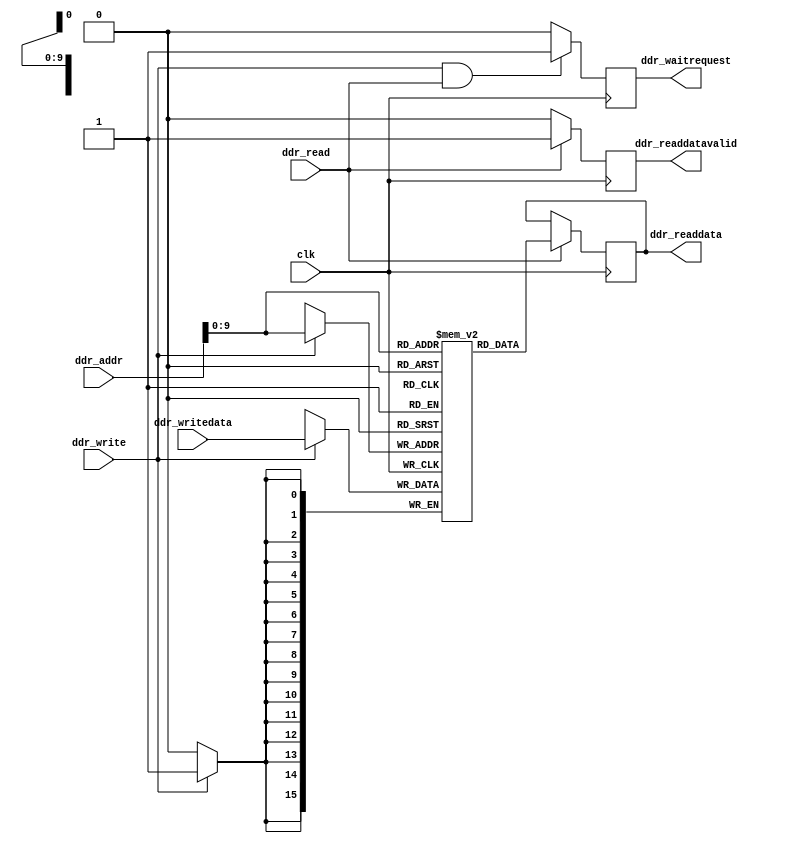
`timescale 1ns/1ns

module ddr3_mem_sim(output reg signed [15:0] ddr_readdata,
					output reg  			 ddr_readdatavalid,
					output reg 			     ddr_waitrequest,
					input wire        [15:0] ddr_addr,
					input wire 				 ddr_read,
					input wire 				 ddr_write,
					input wire signed [15:0] ddr_writedata,
					input wire 				 clk);
					
		reg signed [15:0] mem[0:512];
					
		always @(posedge clk)
		begin
			ddr_waitrequest <= 1'b0;
			if (ddr_write)
			begin
				mem[ddr_addr] <= ddr_writedata;
			end
			if (ddr_read)
			begin
				ddr_readdata <= mem[ddr_addr];
				ddr_readdatavalid <= 1'b1;
			end else
				ddr_readdatavalid <= 1'b0;
			if (ddr_write && ddr_read)
				ddr_waitrequest <= 1'b1;
			else
				ddr_waitrequest <= 1'b0;
		end
endmodule